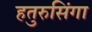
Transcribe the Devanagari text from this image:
हतुरुसिंगा